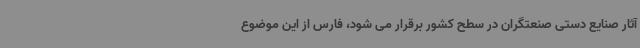
آثار صنایع دستی صنعتگران در سطح کشور برقرار می شود، فارس از این موضوع